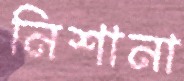
নিশানা